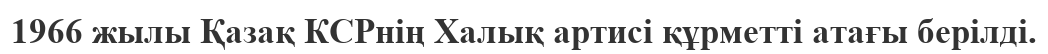
1966 жылы Қазақ КСРнің Халық артисі құрметті атағы берілді.